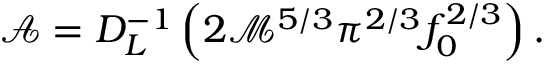
\mathcal { A } = D _ { L } ^ { - 1 } \left( 2 \mathcal { M } ^ { 5 / 3 } \pi ^ { 2 / 3 } f _ { 0 } ^ { 2 / 3 } \right) .